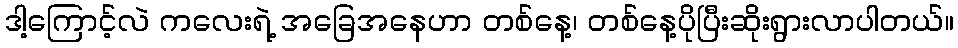
ဒါ့ကြောင့်လဲ ကလေးရဲ့ အခြေအနေဟာ တစ်နေ့၊ တစ်နေ့ပိုပြီးဆိုးရွားလာပါတယ်။